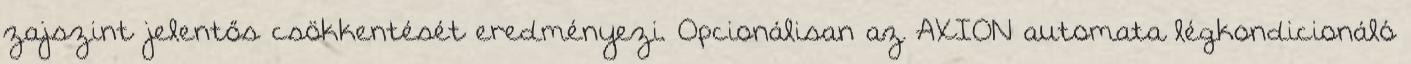
zajszint jelentős csökkentését eredményezi. Opcionálisan az AXION automata légkondicionáló